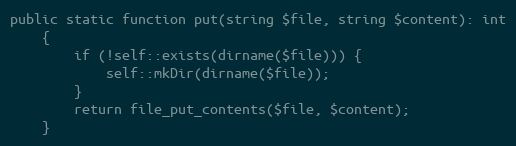
Language: PHP
public static function put(string $file, string $content): int
    {
        if (!self::exists(dirname($file))) {
            self::mkDir(dirname($file));
        }
        return file_put_contents($file, $content);
    }